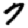
Digit: 7